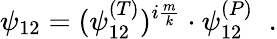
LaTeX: \psi_{12}=(\psi_{12}^{(T)})^{i\frac{m}{k}}\cdot\psi_{12}^{(P)}\; \; .